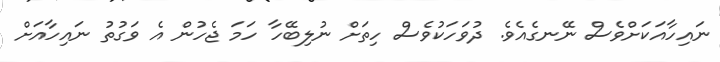
ނައިހާއަކަށްވެސް ނޭނގެއެވެ. ދުވަހަކުވެސް ހިތަށް ނުލިބޭހާ ހަމަ ޖެހުން އެ ވަގުތު ނައިހާއަށް